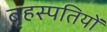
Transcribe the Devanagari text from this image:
बृहस्पतियों